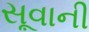
સૂવાની